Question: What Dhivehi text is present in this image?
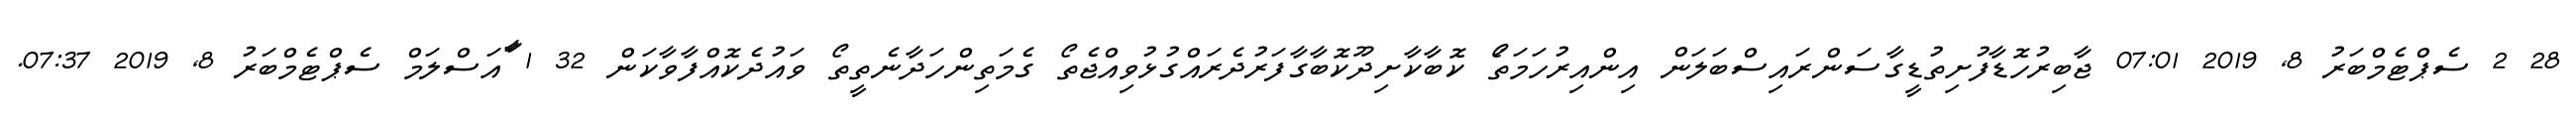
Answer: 28 2 ސެޕްޓެމްބަރު 8, 2019 07:01 ޖާބިރުހޮޑާފުށިތުޑީގާސަންރައިސްބަލަން އިންއިރުހަމަތަޯ ކޮބާކާށިދޫކޮބާގާފަރުދެރައްގުޅުވިއްޖެތޯ ގެމަތިންހަދާނެތީތޯ ވައުދެކޮއްފާވާކަން 32 1 ާައަސްލަމް ސެޕްޓެމްބަރު 8, 2019 07:37.